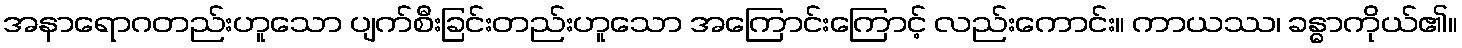
အနာရောဂတည်းဟူသော ပျက်စီးခြင်းတည်းဟူသော အကြောင်းကြောင့် လည်းကောင်း။ ကာယဿ၊ ခန္ဓာကိုယ်၏။